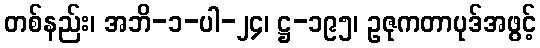
တစ်နည်း၊ အဘိ-၁-ပါ-၂၄၊ ဋ္ဌ-၁၉၅၊ ဥဇုကတာပုဒ်အဖွင့်